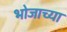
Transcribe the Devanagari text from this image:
भोजाच्या